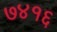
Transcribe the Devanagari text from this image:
७४१६